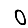
Digit: 0